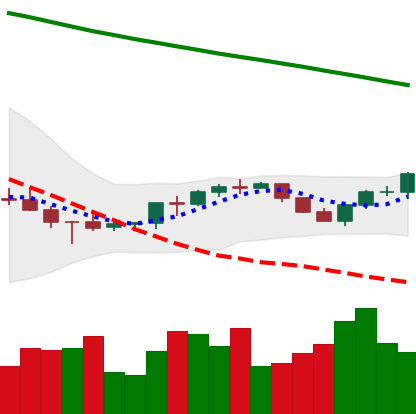
Ticker: BNB-USD
Chart end date: 2022-07-16
Forward return: 6.358%
Label: up_5_7